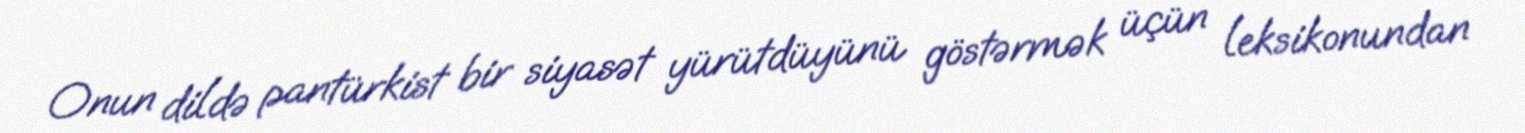
Onun dildə pantürkist bir siyasət yürütdüyünü göstərmək üçün leksikonundan